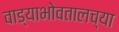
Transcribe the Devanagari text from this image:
वाड्याभोवतालच्या